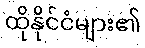
ထိုနိုင်ငံများ၏